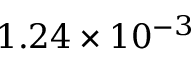
1 . 2 4 \times 1 0 ^ { - 3 }